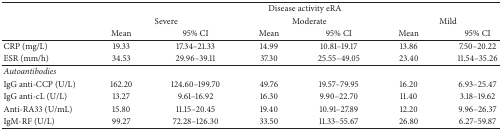
<table><thead><tr><td rowspan="3"><b> </b></td><td colspan="6"><b>Disease activity eRA</b></td></tr><tr><td colspan="2"><b>Severe</b></td><td colspan="2"><b>Moderate</b></td><td colspan="2"><b>Mild</b></td></tr><tr><td><b>Mean</b></td><td><b>95% CI</b></td><td><b>Mean</b></td><td><b>95% CI</b></td><td><b>Mean</b></td><td><b>95% CI</b></td></tr></thead><tbody><tr><td>CRP (mg/L) </td><td>19.33</td><td>17.34–21.33</td><td>14.99</td><td>10.81–19.17</td><td>13.86</td><td>7.50–20.22</td></tr><tr><td>ESR (mm/h) </td><td>34.53</td><td>29.96–39.11</td><td>37.30</td><td>25.55–49.05</td><td>23.40</td><td>11.54–35.26</td></tr><tr><td><i>Autoantibodies</i></td><td> </td><td> </td><td> </td><td> </td><td> </td><td> </td></tr><tr><td>IgG anti-CCP (U/L)</td><td>162.20</td><td>124.60–199.70</td><td>49.76</td><td>19.57–79.95</td><td>16.20</td><td>6.93–25.47</td></tr><tr><td>IgG anti-cL (U/L)</td><td>13.27</td><td>9.61–16.92</td><td>16.30</td><td>9.90–22.70</td><td>11.40</td><td>3.18–19.62</td></tr><tr><td>Anti-RA33 (U/mL)</td><td>15.80</td><td>11.15–20.45</td><td>19.40</td><td>10.91–27.89</td><td>12.20</td><td>9.96–26.37</td></tr><tr><td>IgM-RF (U/L)</td><td>99.27</td><td>72.28–126.30</td><td>33.50</td><td>11.33–55.67</td><td>26.80</td><td>6.27–59.87</td></tr></tbody></table>